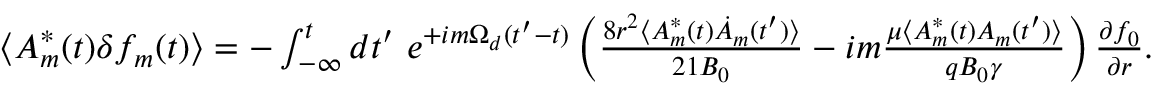
\begin{array} { r } { \langle A _ { m } ^ { * } ( t ) \delta f _ { m } ( t ) \rangle = - \int _ { - \infty } ^ { t } d t ^ { \prime } \ e ^ { + i m \Omega _ { d } ( t ^ { \prime } - t ) } \left( \frac { 8 r ^ { 2 } \langle A _ { m } ^ { * } ( t ) \dot { A } _ { m } ( t ^ { \prime } ) \rangle } { 2 1 B _ { 0 } } - i m \frac { \mu \langle A _ { m } ^ { * } ( t ) A _ { m } ( t ^ { \prime } ) \rangle } { q B _ { 0 } \gamma } \right) \frac { \partial f _ { 0 } } { \partial r } . } \end{array}